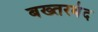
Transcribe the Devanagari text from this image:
बख्‍तरबंद